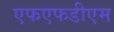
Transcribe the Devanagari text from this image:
एफएफडीएम